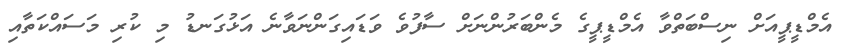
އެމްޑީޕީއަށް ނިސްބަތްވާ އެމްޑީޕީގެ މެންބަރުންނަށް ސާފުވެ ވަޑައިގަންނަވާނެ އަޅުގަނޑު މި ކުރި މަސައްކަތާއި